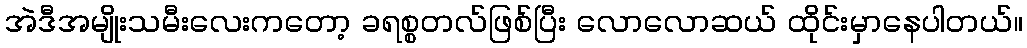
အဲဒီအမျိုးသမီးလေးကတော့ ခရစ္စတလ်ဖြစ်ပြီး လောလောဆယ် ထိုင်းမှာနေပါတယ်။